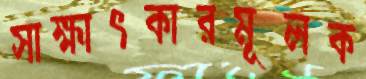
সাক্ষাৎকারমূলক